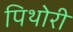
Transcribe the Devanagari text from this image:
पिथोरी